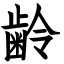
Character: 齢